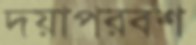
দয়াপরবশ